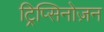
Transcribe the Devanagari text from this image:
ट्रिप्सिनोज़न